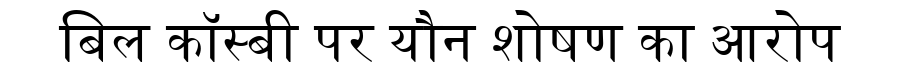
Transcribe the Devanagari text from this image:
बिल कॉस्बी पर यौन शोषण का आरोप